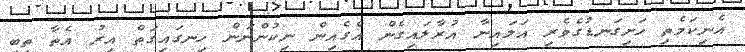
އެނިކަމެތި ހަށިގަނޑުގެވެރި އަލައިނާ އުރާލައިގެން އެގެއިން ނިކުންނަން ހިނގައިގަތް އިރު އެތާ ތިބި